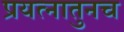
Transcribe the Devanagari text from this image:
प्रयत्नातुनच